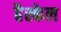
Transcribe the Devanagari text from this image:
हैस्केल